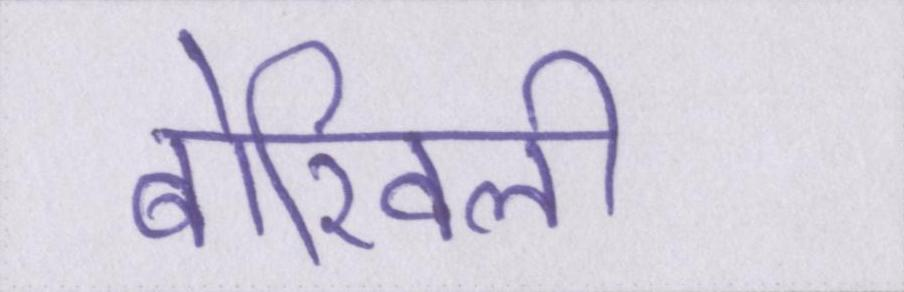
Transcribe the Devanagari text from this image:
बोरिवली